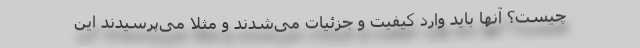
چیست؟ آنها باید وارد کیفیت و جزئیات می‌شدند و مثلا می‌پرسیدند این